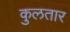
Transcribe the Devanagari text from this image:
कुलतार